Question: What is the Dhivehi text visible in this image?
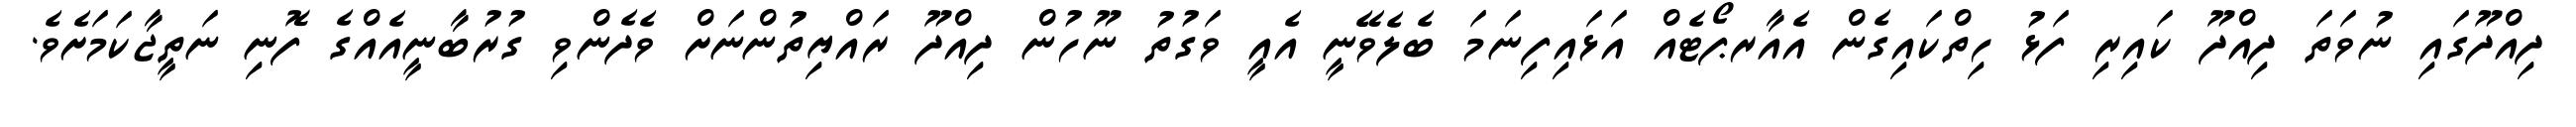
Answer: ދިއްދޫގައި ނުވަތަ ދިއްދޫ ކައިރި ފަޅު ހިތްކައިގެން އެއާރޕޯޓެއް އަޅައިފިނަމަ ބެލެވޭނީ އެއީ ވަގުތު ނޫހުން ދިއްދޫ ރައްޔިތުންނަށް ވެދެންވި ގުރުބާނީއެއްގެ ފޮނި ނަތީޖާކަމަށެވެ.